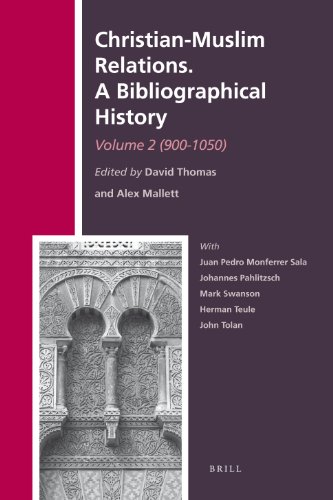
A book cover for Christian-Muslim Relations: A Bibliographical History: 900-1050 (History of Christian-Muslim Relations); Christian Books & Bibles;